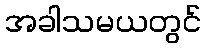
အခါသမယတွင်